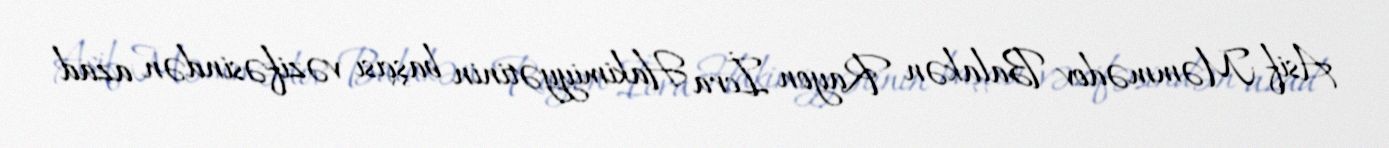
Asif Məmmədov Balakən Rayon İcra Hakimiyyətinin başçısı vəzifəsindən azad